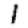
Digit: 1